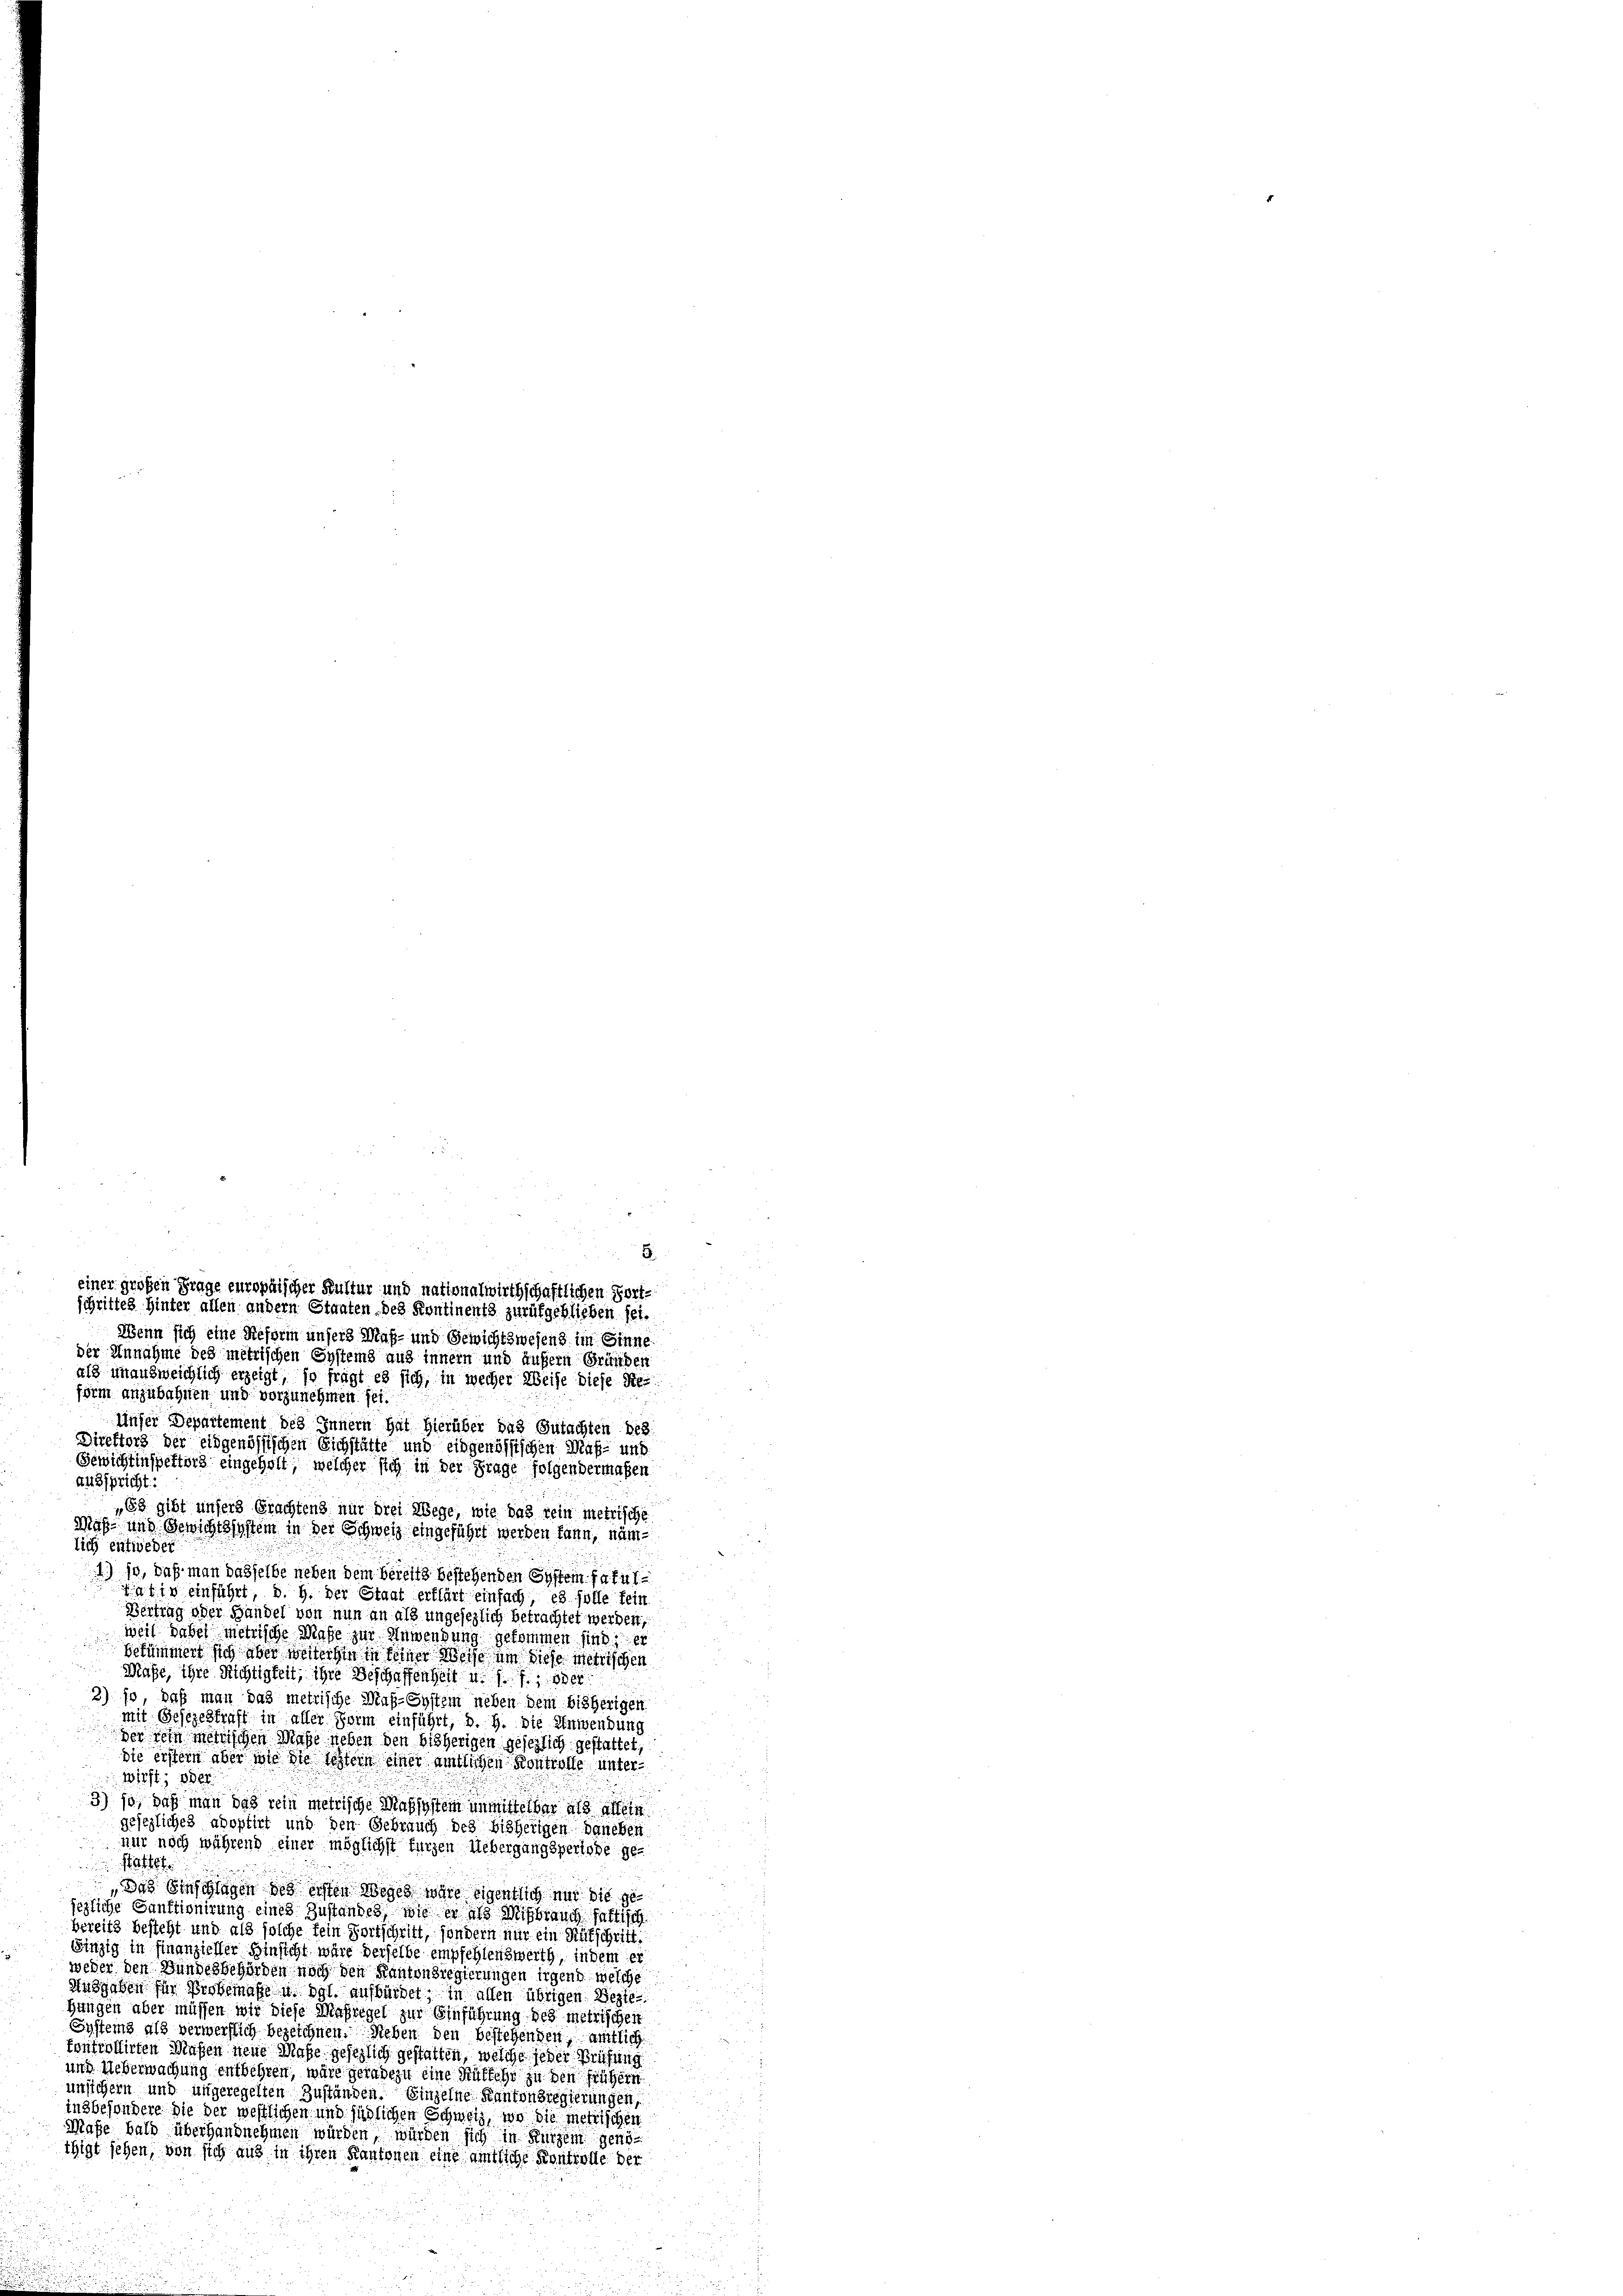
Wenn sich eine Referin unsers Maß- und Gewichtswesend im Sinne
der Annahme des metrischen Systems aus innern und äußern Gründen
als unausweichlich erzeigt, so fragt es sich, in wecher Weise diese Reform anzubahnen und vorzunehmen sei.
Unser Departement des Innern hat hierüber das Gutachten bes
Direktors der eidgenössischen Eichstätte und eidgenössischen Maß- und
Gewichtenspektors eingeholt, welcher sich in der Frage folgendermaßen
ausspricht:
„Es gibt unsers Brachtens nur drei Wege, wie das rein metrische
Maß- und Gewichtssystem in der Schweiz eingeführt werden kann, näm-
lich entweder
1) so, daß man dasselbe neben dem bereits bestehenden System facultiv einführt, d. h. der Staat erklärt einfach, es solle fein
Berfing oder Handel von nun an als ungesezlich betrachtet werden,
weil dabei metrische Maße zur Anwendung gekommen sind, er
bekümmert sich aber weiterhin in seiner Weise um diese Metrischen
Maße, ihre Richtigkeit, ihre Beschaffenheit u. s. f. ; oder
2) je, daß man das metrische Maß-System neben dem bisherigen
mit Gesezeskraft in aller Form einführt, d. h. die Anwendung
der sein metrischen Maße neben den bisherigen gesezlich gestattet,
ste erstern aber wie die schlein einer amtlichen Kontrolle unterwirft, oder
3) so, daß man das rein metrische Maßsystem unmittelbar als allein
gesezliches adoptirt und den Gebrauch des bisherigen Daneben
nur noch während einer möglichst fürzen Uebergangsperiode ge-
Pate
e
Das Einschlagen des ersten Weges wäre eigentlich nur die gesehliche Sanktionirung eines Zustandes, wie er als Mißbrauch faltisch
bereits besteht und als solche fein Fortschrift, sondern nur ein Rutschritt.
Einzig in Finanzieller Hinsicht wäre derselbe empfehlenswerth, indem er
weder den Bundesbehörden noch den Kantonsregierungen irgend welche
Ausgaben für Probemasse u. dgl. aufbürdet, in allen übrigen Beste
Hangen aber müssen wir diese Maßregel zur Einführung des metrischen
Systems als verwerflich bezeichnen. Neben den bestehenden, amtlich
fontrollirten Maßen neue Maße gesezlich gestatten, welche jeder Prüfung
und Ueberwachung entbehren, wäre geradezu eine Hülfehr zu den frühern
unsichern und ungeregelten Zuständen. Einzelne Kantonsregierungen,
insbesondere Sie der westlichen und südlichen Schweiz, wo die metrischen
Maße bald überhandnehmen würden, würden sich in Kurzem genöthigt sehen, von sich aus in ihren Kantonen eine amtliche Kontrolle der

einer großen Frage europaischer Kultur und nationalwirthschaftlichen Fortschrittes Hinter allen andern Staaten des Kontinents zurükgeblieben sei.

8.